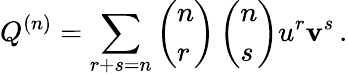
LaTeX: Q^{(n)}=\sum_{r+s=n}\left(\begin{array}{l}{{n}}\\ {{r}}\end{array}\right)\left(\begin{array}{l}{{n}}\\ {{s}}\end{array}\right)u^{r}\mathbf{v}^{s}\, .